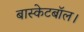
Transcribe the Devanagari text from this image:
बास्केटबॉल।